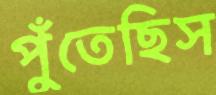
পুঁতেছিস